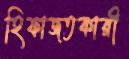
হিফাজতকারী